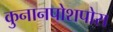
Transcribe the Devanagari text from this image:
कुनानपोशपोरा